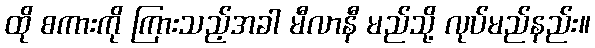
ထို စကားကို ကြားသည့်အခါ မီလာနီ မည်သို့ လုပ်မည်နည်း။